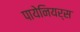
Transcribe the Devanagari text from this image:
पायेनियर्स